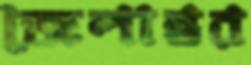
জেলান্তর